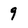
Character: 9